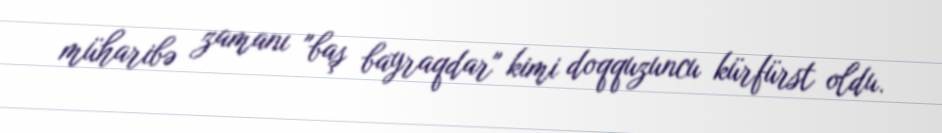
müharibə zamanı "baş bayraqdar" kimi doqquzuncu kürfürst oldu.